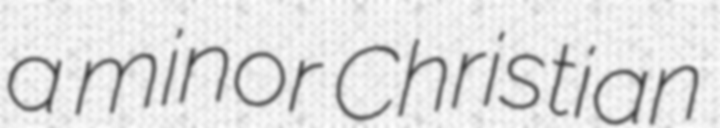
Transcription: a minor Christian